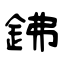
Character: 鉘